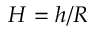
H = h / R